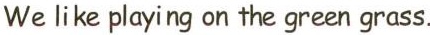
We like playing on the green grass.